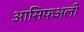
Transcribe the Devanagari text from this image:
आसिफअली